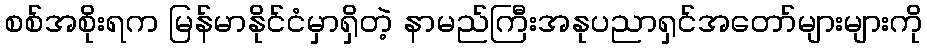
စစ်အစိုးရက မြန်မာနိုင်ငံမှာရှိတဲ့ နာမည်ကြီးအနုပညာရှင်အတော်များများကို